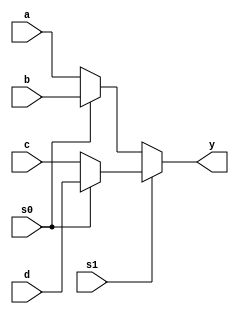
module m4x1mux(y,a,b,c,d,s0,s1);
//y is output, inputs are a,b,c,d and s0 and s1 are select lines
output y;
input a,b,c,d,s0,s1;
assign y=s1 ?(s0?d:c):(s0?b:a);
endmodule